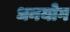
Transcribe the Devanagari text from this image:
धनयोग